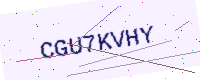
Text: CGU7KVHY